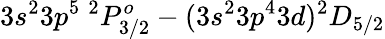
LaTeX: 3s^{2}3p^{5}~^{2}P_{3/2}^{o}-(3s^{2}3p^{4}3d)^{2}D_{5/2}